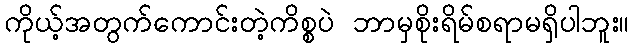
ကိုယ့်အတွက်ကောင်းတဲ့ကိစ္စပဲ ဘာမှစိုးရိမ်စရာမရှိပါဘူး။